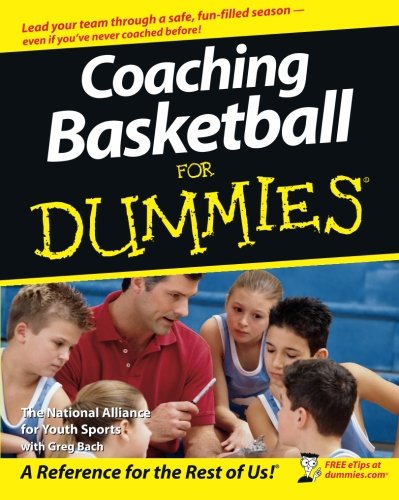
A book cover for Coaching Basketball For Dummies; The National Alliance For Youth Sports; Sports & Outdoors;